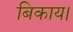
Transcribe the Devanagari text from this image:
बिकाय।